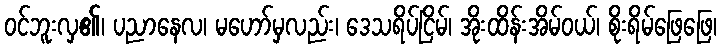
ဝင်ဘူးလှ၏၊ ပညာနေလ၊ မဟော်မှလည်း၊ ဒေသရိပ်ငြိမ်၊ အိုးထိန်းအိမ်ဝယ်၊ စိုးရိမ်ဖြေဖြေ၊